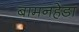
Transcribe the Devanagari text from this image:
बामनहेडा